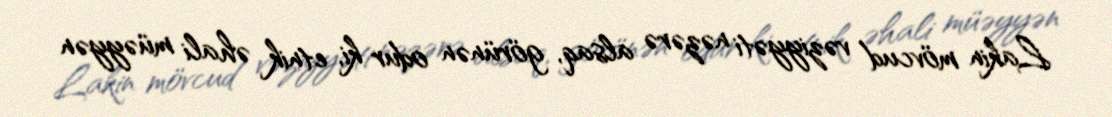
Lakin mövcud vəziyyəti nəzərə alsaq, görünən odur ki, etnik əhali müəyyən